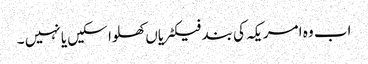
اب وہ امریکہ کی بند فیکٹریاں کھلوا سکیں یا نہیں ۔